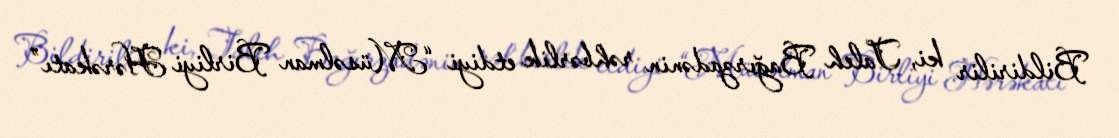
Bildirilir ki, Taleh Bağırzadənin rəhbərlik etdiyi “Müsəlman Birliyi Hərəkatı”